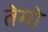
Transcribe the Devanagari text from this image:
तेमो